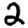
Digit: 2